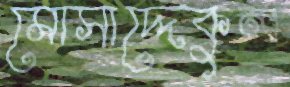
মোসাদ্দেকুল